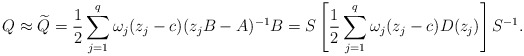
\begin{align*} Q \approx \widetilde{Q}= \frac{1}{2} \sum^{q}_{j=1}\omega_j(z_j-c)(z_j B- A)^{-1} B = S\left[\frac{1}{2} \sum^{q}_{j=1}\omega_j(z_j-c)D(z_j)\right]S^{-1}.\end{align*}